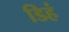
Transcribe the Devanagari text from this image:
डिहं